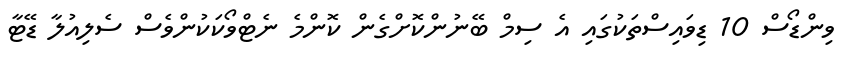
ވިންޑޯސް 10 ޑިވައިސްތަކުގައި އެ ސިމް ބޭނުންކޮށްގެން ކޮންމެ ނެޓްވޯކަކުންވެސް ސެލިއުލާ ޑޭޓާ